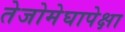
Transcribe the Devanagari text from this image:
तेजोमेघापेक्षा